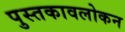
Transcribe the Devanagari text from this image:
पुस्तकावलोकन